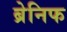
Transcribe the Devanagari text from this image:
ब्रेनिफ